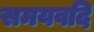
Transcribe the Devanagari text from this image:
समयवदि